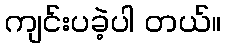
ကျင်းပခဲ့ပါ တယ်။